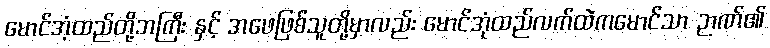
မောင်အံ့ထည်တို့ဘကြီး နှင့် အဖေဖြစ်သူတို့မှာလည်း မောင်အုံထည်လက်ထဲကမောင်သာ ဉာဏ်၏